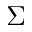
\Sigma